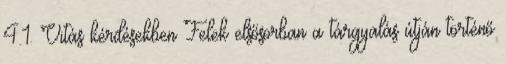
4.1. Vitás kérdésekben Felek elsősorban a tárgyalás útján történő